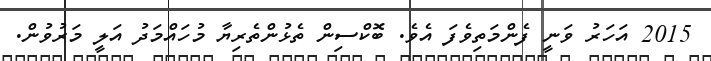
2015 އަހަރު ވަނީ ފެންމަތިވެފަ އެވެ. ބޮކްސިން ތެޅުންތެރިޔާ މުހައްމަދު އަލީ މަރުވުން.